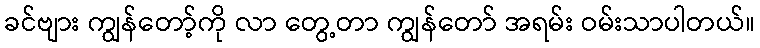
ခင်ဗျား ကျွန်တော့်ကို လာ တွေ့တာ ကျွန်တော် အရမ်း ဝမ်းသာပါတယ်။